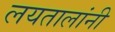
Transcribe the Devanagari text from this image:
लयतालांनी